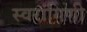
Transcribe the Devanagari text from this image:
स्वरांगिणी